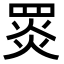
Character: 𦋎